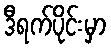
ဒီရက်ပိုင်းမှာ